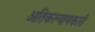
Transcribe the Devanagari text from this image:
अतिकल्याणकारी